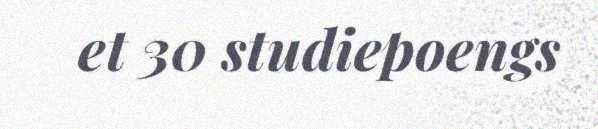
et 30 studiepoengs